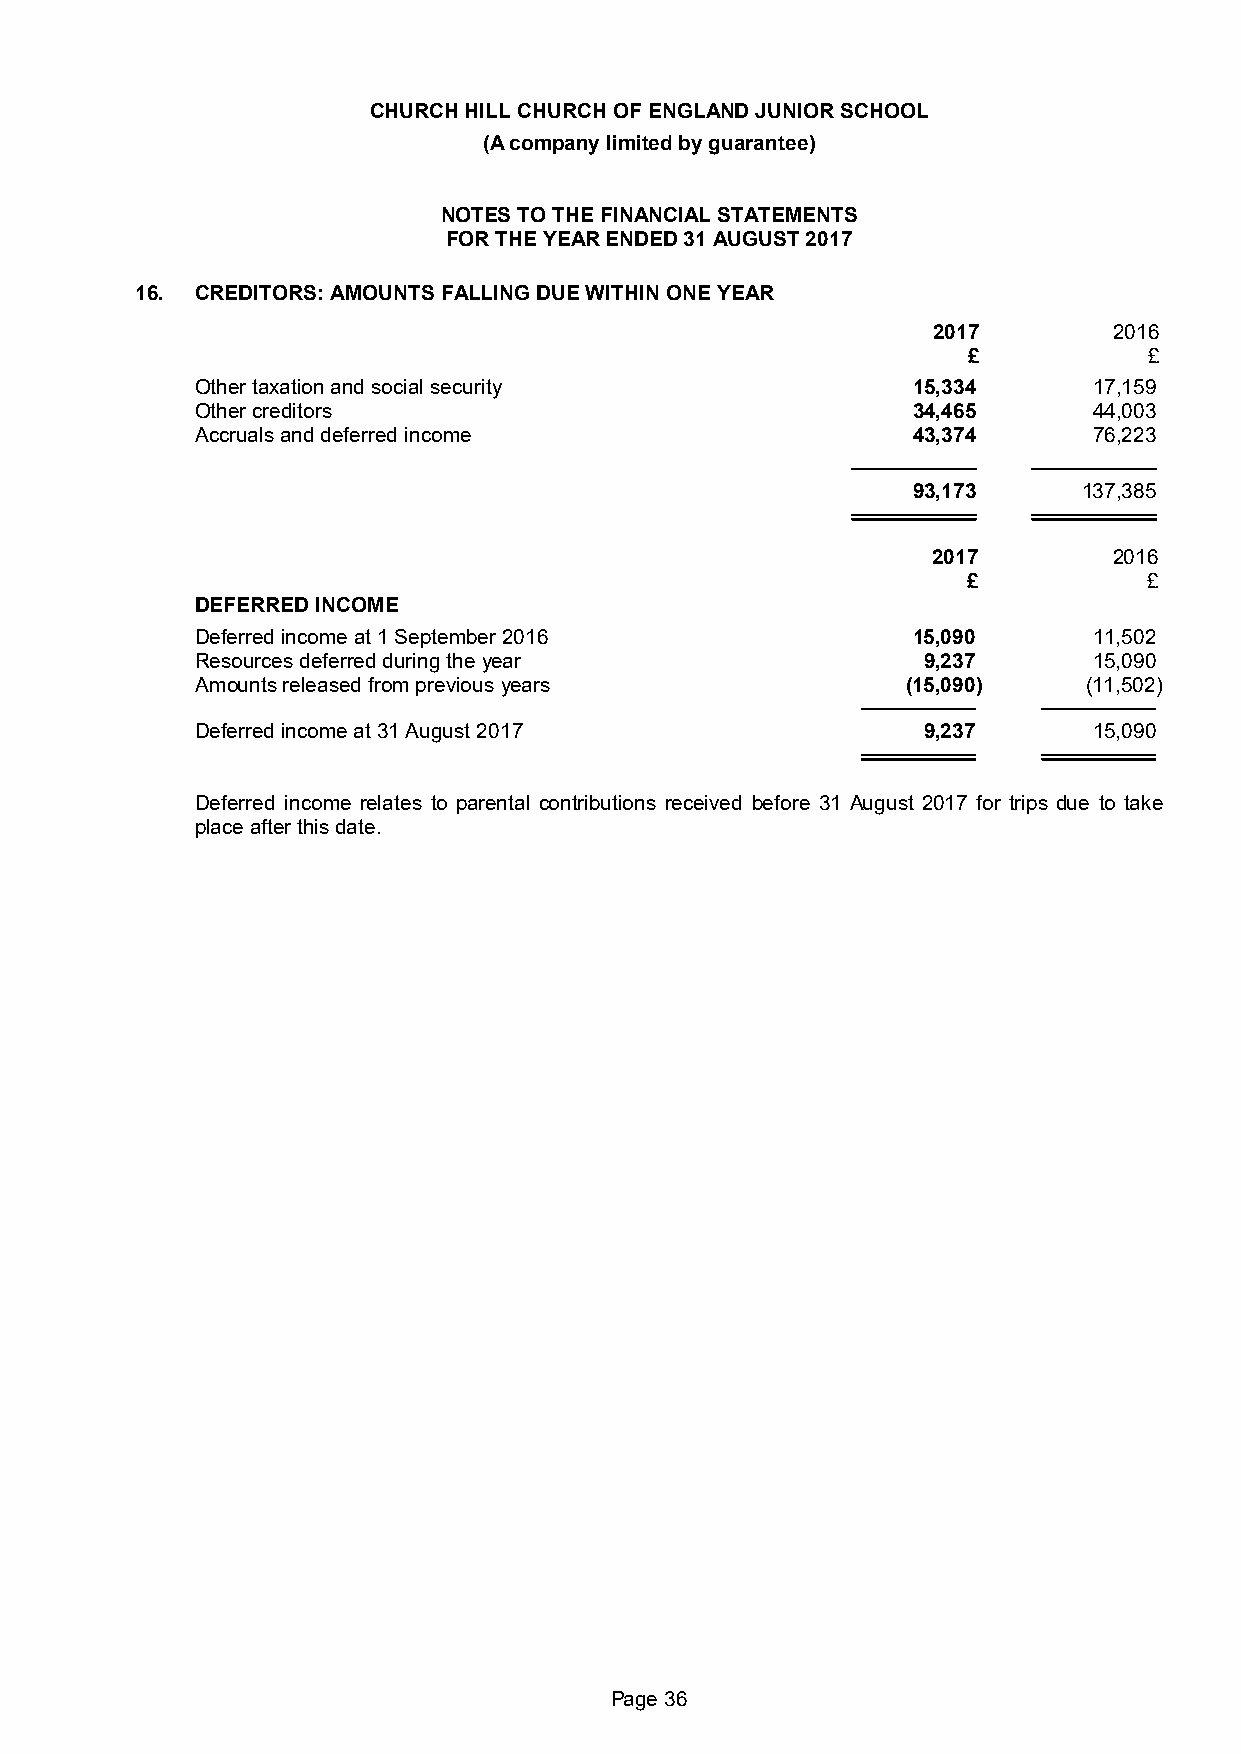
CHURCH HILL CHURCH OF ENGLAND JUNIOR SCHOOL
 (A company limited by guarantee)
 NOTES TO THE FINANCIAL STATEMENTS
 FOR THE YEAR ENDED 31 AUGUST 2017
 16. CREDITORS: AMOUNTS FALLING DUE WITHIN ONE YEAR
 2017        2016
 £           £
 Other taxation and social security             15,334      17,159
 Other creditors                                34,465      44,003
 Accruals and deferred income                   43,374      76,223
 93,173      137,385
 2017        2016
 £           £
 DEFERRED INCOME
 Deferred income at 1 September 2016            15,090      11,502
 Resources deferred during the year              9,237      15,090
 Amounts released from previous years           (15,090)    (11,502)
 Deferred income at 31 August 2017               9,237      15,090
 Deferred income relates to parental contributions received before 31 August 2017 for trips due to take
 place after this date.
 Page 36